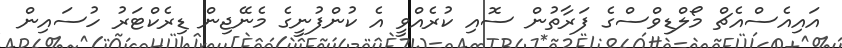
އައިއެސްއެޗް މޯލްޑިވްސްގެ ފަރާތުން ސޮއި ކުރެއްވީ އެ ކުންފުނީގެ މެނޭޖިން ޑިރެކްޓަރު ހުސައިން